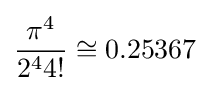
{\frac {\pi ^{4}}{2^{4}4!}}\cong 0.25367